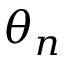
\theta _ { n }